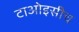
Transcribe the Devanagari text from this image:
टाओइसीच